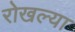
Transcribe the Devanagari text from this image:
रोखल्या